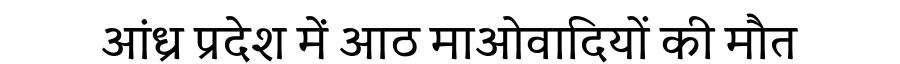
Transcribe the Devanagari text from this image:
आंध्र प्रदेश में आठ माओवादियों की मौत